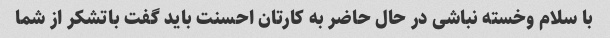
با سلام وخسته نباشی در حال حاضر به کارتان احسنت باید گفت باتشکر از شما